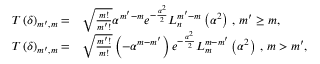
\begin{array} { r l } { T \left( \delta \right) _ { m ^ { \prime } , m } = } & { \sqrt { \frac { m ! } { m ^ { \prime } ! } } \alpha ^ { m ^ { \prime } - m } e ^ { - \frac { \alpha ^ { 2 } } { 2 } } L _ { n } ^ { m ^ { \prime } - m } \left( \alpha ^ { 2 } \right) \, , \, m ^ { \prime } \geq m , } \\ { T \left( \delta \right) _ { m ^ { \prime } , m } = } & { \sqrt { \frac { m ^ { \prime } ! } { m ! } } \left( - \alpha ^ { m - m ^ { \prime } } \right) e ^ { - \frac { \alpha ^ { 2 } } { 2 } } L _ { m } ^ { m - m ^ { \prime } } \left( \alpha ^ { 2 } \right) \, , \, m > m ^ { \prime } , } \end{array}